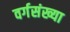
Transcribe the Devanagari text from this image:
वर्गसंख्या